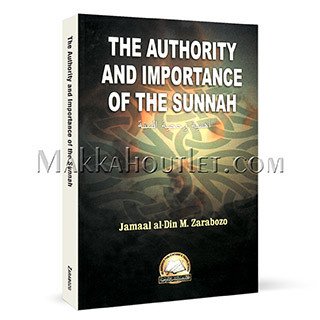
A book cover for The Authority and Importance of The Sunnah; Jamal Al-Din Zarabozo; Religion & Spirituality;